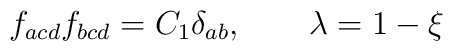
f_{acd}f_{bcd} = C_1 \delta_{ab}, \qquad \lambda = 1-\xi